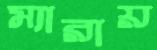
ম্যারায়